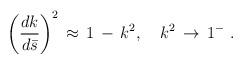
LaTeX: \begin{align*}\left ( \frac{dk}{d\bar s} \right )^2\, \approx \,1\,-\,k^2, \quad k^2\,\to \,1^-\,\,{.}\end{align*}